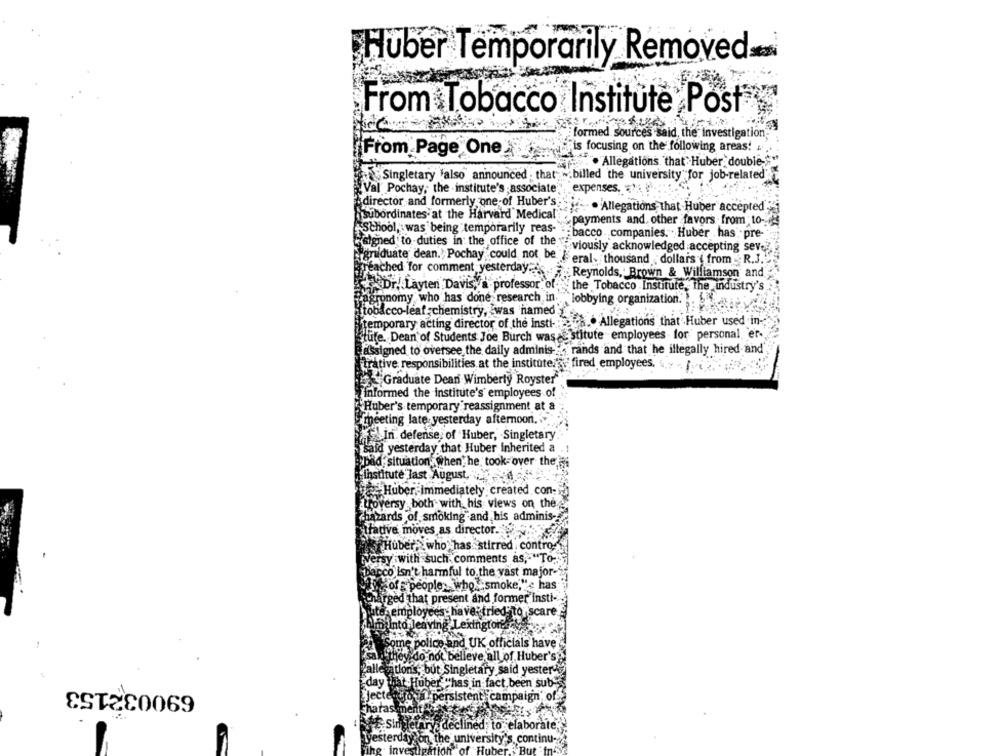
Huber Temporarily Removed .....
From Tobacco Institute Post
formed Sources said, the investigation
is focusing on the following areas!
From Page One
. Allegations that Huber double-
Singletary 'also" announced , that .. billed the university" for job-related"
Val Pochay, the institute's associate", "expenses, «'
director and formerly one-of Huber's
- . Allegations that Huber accepted
subordinates at the Harvard Medical
payments and, other favors from to-
chool,
was being temporarily reas-
bacco .companies. . Huber .has pre-
"signed to -duties in the office of the " viously acknowledged accepting sever
graduate dean. Pochay could not be ieral, thousand dollars from R.J ...
reached for comment yesterday.
Reynolds ,. Brown & Williamson and
Dr. Layten Davis, a professor of the Tobacco Institute, the industry's
agronomy who has done research in. lobbying organization. .
[tobacco-leaf; chemistry, was named
'temporary acting director of the insti-
.. Allegations that Huber used in-
stufe. Dean of Students Joe Burch wasa stitute employees for personal, er-
assigned to oversee, the daily adminis :, rands and that he illegally hired and'
trative responsibilities at the instituterss fired employees. .. ..
Graduate Dean Wimberly Royster"
informed the institute's' employees of
Huber's temporary reassignment at a
meeting late yesterday afternoon ....
In defense of Huber, Singletary
Said yesterday that Huber inherited a
pad situation, when he took over the
"Institute last August,
Huber, Immediately created con-
troversy both with his views on the
hazards of smoking and his adminis-
tradive moves as director ...
Huber, who has stirred contro
Wersy with such comments as, "To-
Barco isn't harmful to the vast major-
of s people> who "smoke," e has
irged that present and former Insti-
to employees have- tried to sca
pinto leaving Lexington
Some police and UK officials have
"They do not believe all of Huber's'
"allegations, but Singletary said yester".
690032153
day that Huber "has in fact, been sub-
day
jecto
oval persistent campaign of
harassment !!
4E Singletary, declined to elaborate,
Tyesterday on the university's continu-